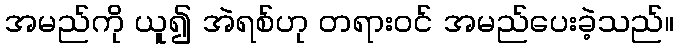
အမည်ကို ယူ၍ အဲရစ်ဟု တရားဝင် အမည်ပေးခဲ့သည်။